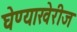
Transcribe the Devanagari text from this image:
घेण्याखेरीज